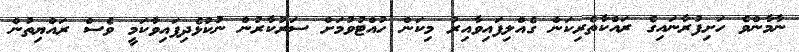
ނާމާންވެ ހަށިފުރާނައިގެ ރައްކާތެރިކަން ގެއްލިފައިވާއިރު މިކަން ހުއްޓުވުމަށް ސަރުކާރުން ނުކުޅެދިފައިވާކަމީ ވެސް ރައްޔިތުން